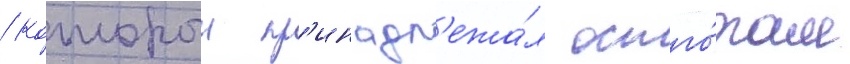
/ которыи пр'инадл'ежа́л остго́там